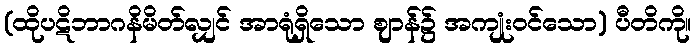
(ထိုပဋိဘာဂနိမိတ်လျှင် အာရုံရှိသော ဈာန်၌ အကျုံးဝင်သော) ပီတိကို။